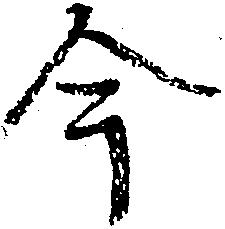
今